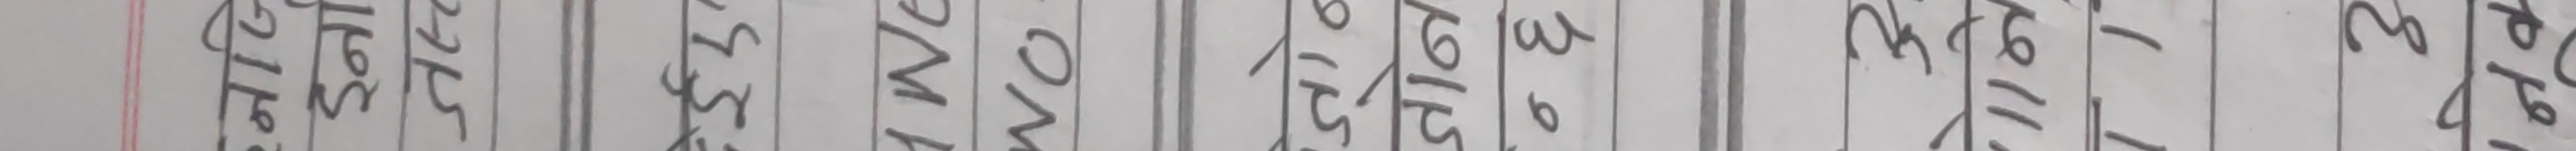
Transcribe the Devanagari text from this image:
नजि
इर्ना
जस्त
ईए
We
1
NO.
जाब
जोन
०६
3
॥न
3
नक